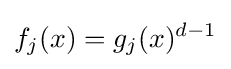
f_{j}(x)=g_{j}(x)^{d-1}